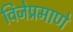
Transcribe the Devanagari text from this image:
विजेप्रमाणे